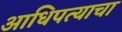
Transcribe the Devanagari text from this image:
आधिपत्याचा